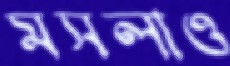
মসলাও